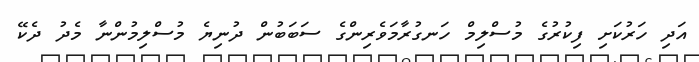
އަދި ހަރުކަށި ފިކުރުގެ މުސްލިމް ހަނގުރާމަވެރިންގެ ސަބަބުން ދުނިޔެ މުސްލިމުންނާ މެދު ދެކޭ